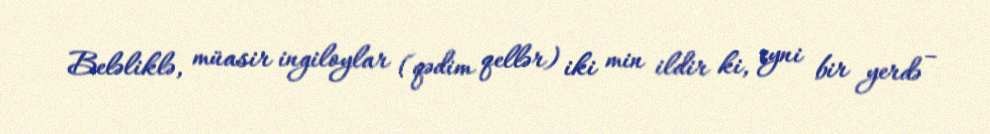
Beləliklə, müasir ingiloylar (qədim qellər) iki min ildir ki, eyni bir yerdə –